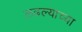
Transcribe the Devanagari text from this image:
लढल्याच्या